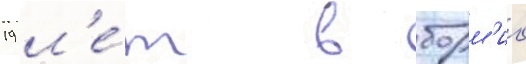
19 л'е́т в борм'ио